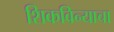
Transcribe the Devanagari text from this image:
शिकविन्याचा